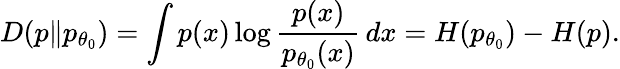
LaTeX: D(p\| p_{\theta_{0}})=\int p(x)\log\frac{p(x)}{p_{\theta_{0}}(x)}\, dx=H(p_{\theta_{0}})-H(p).